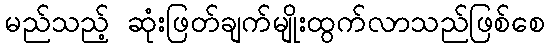
မည်သည့် ဆုံးဖြတ်ချက်မျိုးထွက်လာသည်ဖြစ်စေ